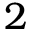
2